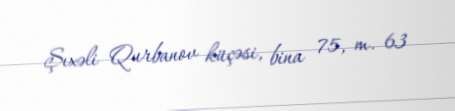
Şıxəli Qurbanov küçəsi, bina 75, m. 63